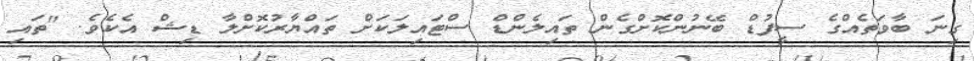
ގިނަ ބާވަތެއްގެ ސީފުޑް ބޭނުންކޮށްގެން ތައިލެންޑް ސްޓައިލަކަށް ތައްޔާރުކޮށްލާ ޑިޝް އެކެވެ. "ތައި